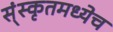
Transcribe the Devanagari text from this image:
स्ंस्कृतमध्येच